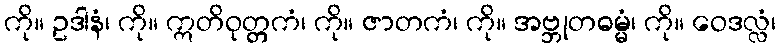
ကို။ ဥဒါနံ၊ ကို။ ဣတိဝုတ္တကံ၊ ကို။ ဇာတကံ၊ ကို။ အဗ္ဘုတဓမ္မံ၊ ကို။ ဝေဒလ္လံ၊